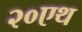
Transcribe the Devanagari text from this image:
२०एथ